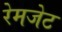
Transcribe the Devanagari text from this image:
रेमजेट